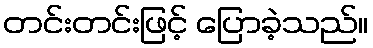
တင်းတင်းဖြင့် ပြောခဲ့သည်။